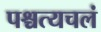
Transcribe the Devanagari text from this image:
पश्चत्यचलं